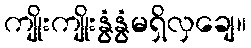
ကျိုးကျိုးနွံနွံမရှိလှချေ။